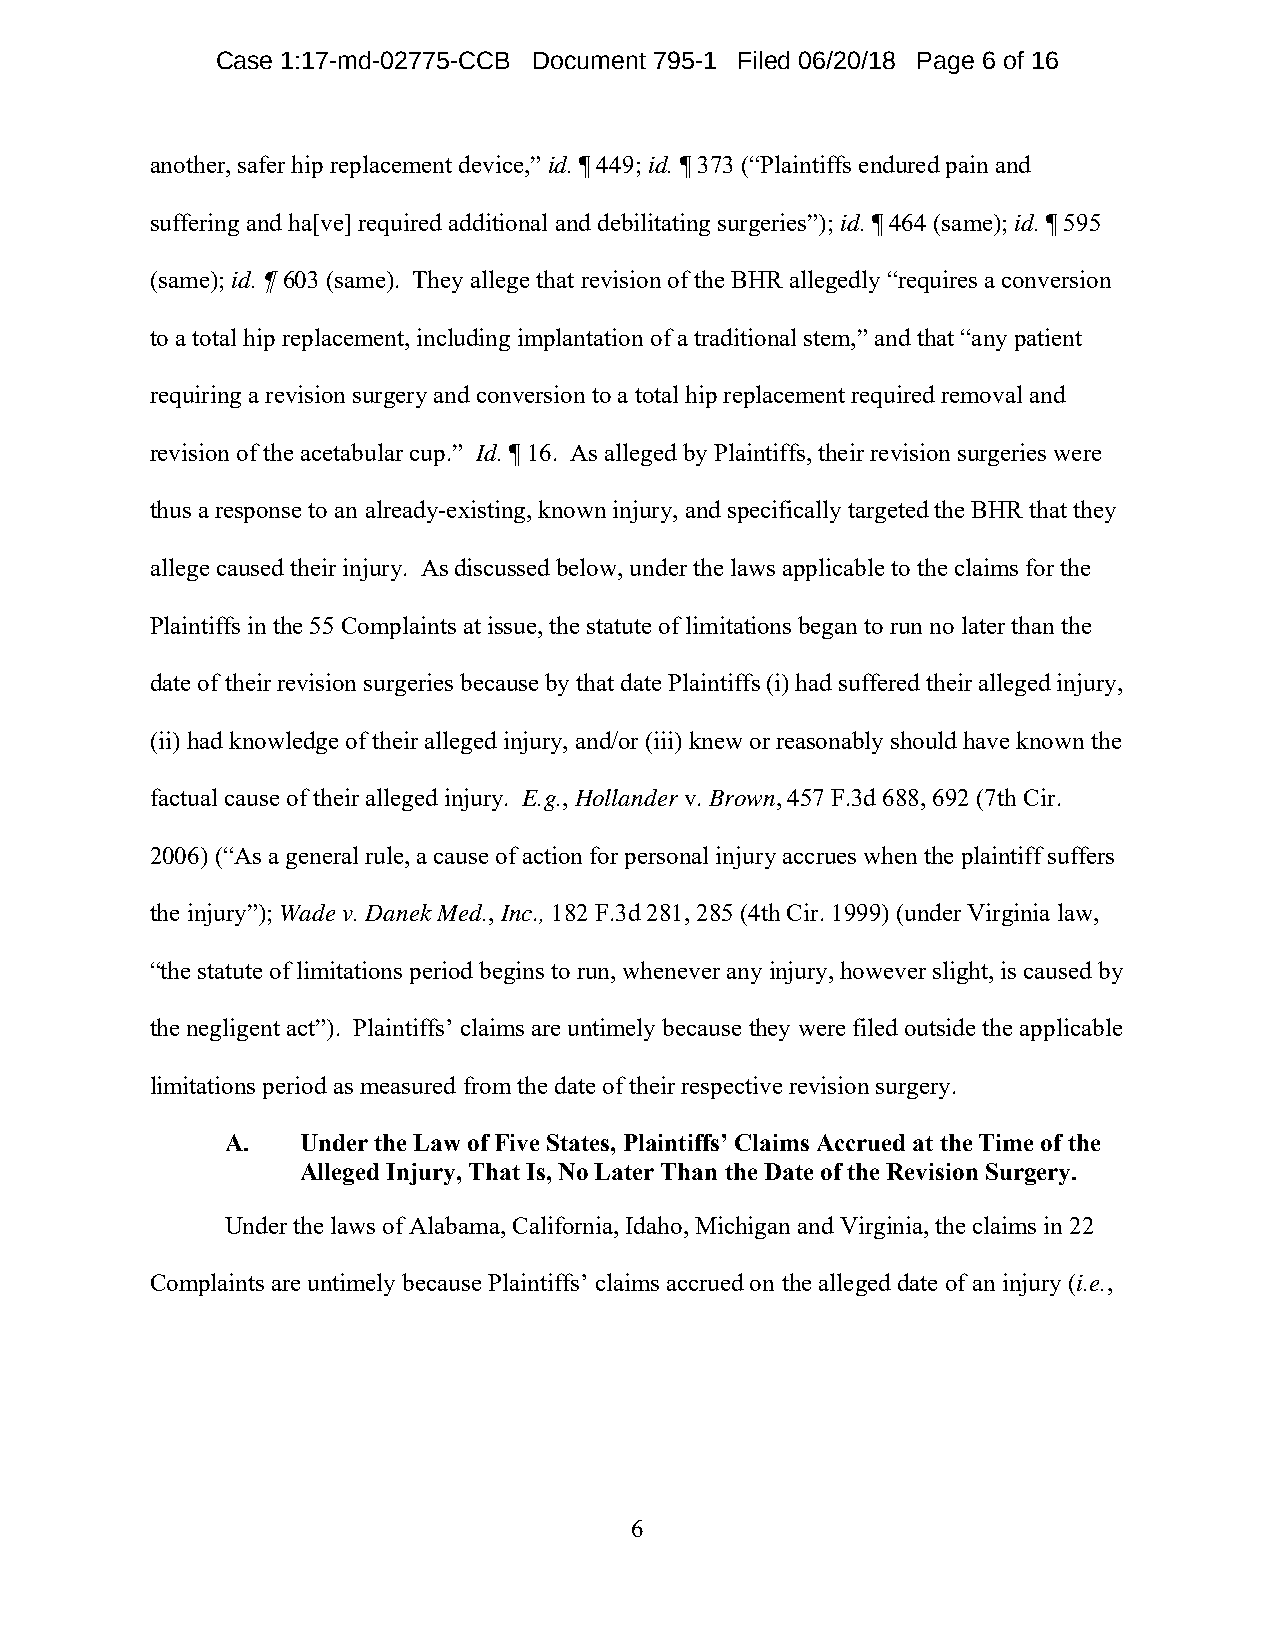
Case 1:17-md-02775-CCB Document 795-1 Filed 06/20/18 Page 6 of 16
 another, safer hip replacement device,” id. ¶ 449; id. ¶ 373 (“Plaintiffs endured pain and
 suffering and ha[ve] required additional and debilitating surgeries”); id. ¶ 464 (same); id. ¶ 595
 (same); id. ¶ 603 (same). They allege that revision of the BHR allegedly “requires a conversion
 to a total hip replacement, including implantation of a traditional stem,” and that “any patient
 requiring a revision surgery and conversion to a total hip replacement required removal and
 revision of the acetabular cup.” Id. ¶ 16. As alleged by Plaintiffs, their revision surgeries were
 thus a response to an already-existing, known injury, and specifically targeted the BHR that they
 allege caused their injury. As discussed below, under the laws applicable to the claims for the
 Plaintiffs in the 55 Complaints at issue, the statute of limitations began to run no later than the
 date of their revision surgeries because by that date Plaintiffs (i) had suffered their alleged injury,
 (ii) had knowledge of their alleged injury, and/or (iii) knew or reasonably should have known the
 factual cause of their alleged injury. E.g., Hollander v. Brown, 457 F.3d 688, 692 (7th Cir.
 2006) (“As a general rule, a cause of action for personal injury accrues when the plaintiff suffers
 the injury”); Wade v. Danek Med., Inc., 182 F.3d 281, 285 (4th Cir. 1999) (under Virginia law,
 “the statute of limitations period begins to run, whenever any injury, however slight, is caused by
 the negligent act”). Plaintiffs’ claims are untimely because they were filed outside the applicable
 limitations period as measured from the date of their respective revision surgery.
 A.   Under the Law of Five States, Plaintiffs’ Claims Accrued at the Time of the
 Alleged Injury, That Is, No Later Than the Date of the Revision Surgery.
 Under the laws of Alabama, California, Idaho, Michigan and Virginia, the claims in 22
 Complaints are untimely because Plaintiffs’ claims accrued on the alleged date of an injury (i.e.,
 6